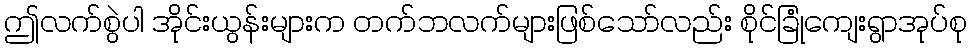
ဤလက်စွဲပါ အိုင်းယွန်းများက တက်ဘလက်များဖြစ်သော်လည်း စိုင်ခြုံကျေးရွာအုပ်စု